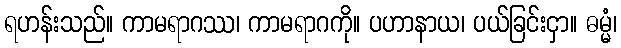
ရဟန်းသည်။ ကာမရာဂဿ၊ ကာမရာဂကို။ ပဟာနာယ၊ ပယ်ခြင်းငှာ။ ဓမ္မံ၊